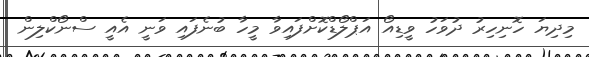
މިދިޔަ ހޮނިހިރު ދުވަހު ވީޑިއޯ އަޕްލޯޑްކޮށްފައިވާ މީހާ ބުނެފައި ވަނީ އެއީ ސްނޯކްލިން